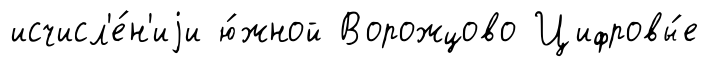
исчисл'е́н'иjи ю́жной Ворожцово Цифровы́е